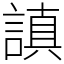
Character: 謓